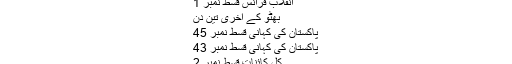
انقلابِ فرانس قسط نمبر 2
انقلابِ فرانس قسط نمبر 1
بھٹو کے آخری تین دن
پاکستان کی کہانی قسط نمبر 45
پاکستان کی کہانی قسط نمبر 43
کل کائنات قسط نمبر 2
وہ کون تھا؟